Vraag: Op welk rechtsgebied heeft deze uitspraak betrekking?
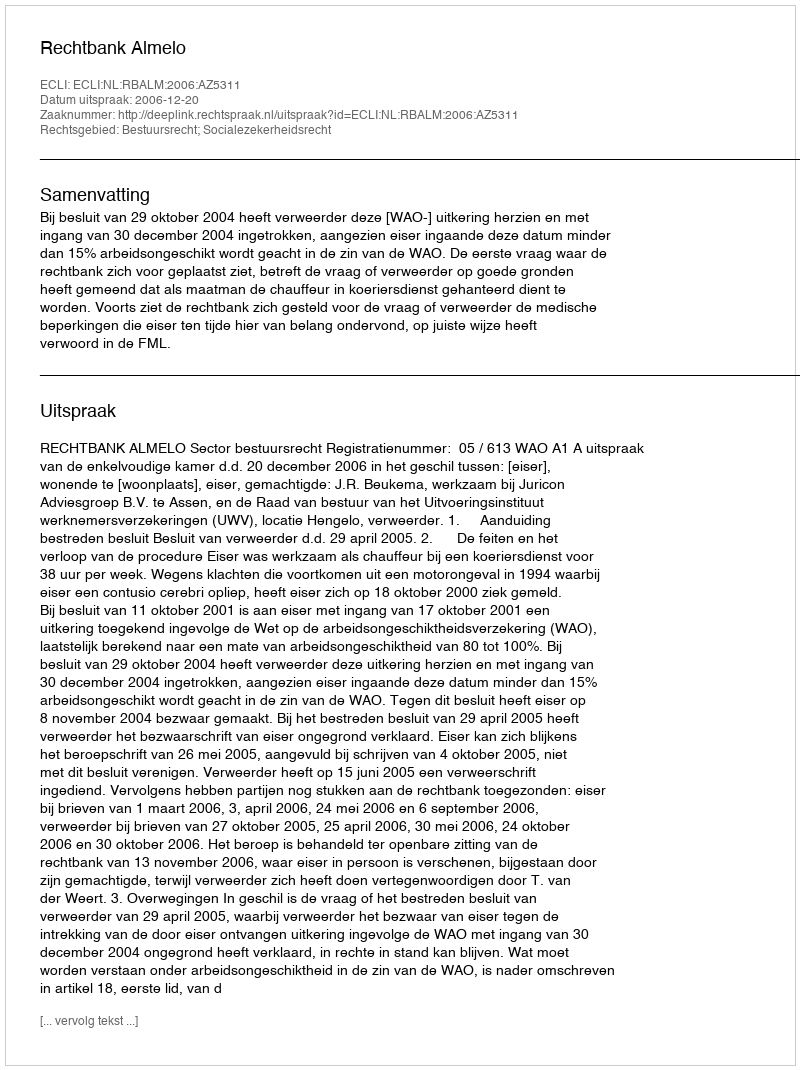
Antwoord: Bestuursrecht; Socialezekerheidsrecht